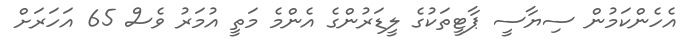
އެހެންކަމުން ސިޔާސީ ޕާޓީތަކުގެ ލީޑަރުންގެ އެންމެ މަތީ އުމަރު ވެސް 65 އަހަރަށް